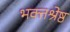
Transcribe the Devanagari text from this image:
भक्तश्रेष्ठ